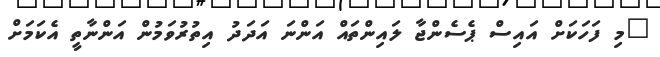
"މި ފަހަކަށް އައިސް ޕެސެންޖާ ލައިންތައް އަންނަ އަދަދު އިތުރުވަމުން އަންނާތީ އެކަމަށް